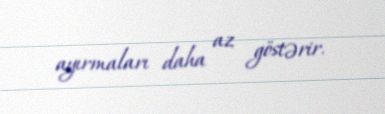
ayırmaları daha az göstərir.